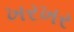
ખરખર